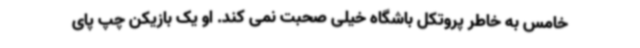
خامس به خاطر پروتکل باشگاه خیلی صحبت نمی کند. او یک بازیکن چپ پای